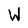
Character: W